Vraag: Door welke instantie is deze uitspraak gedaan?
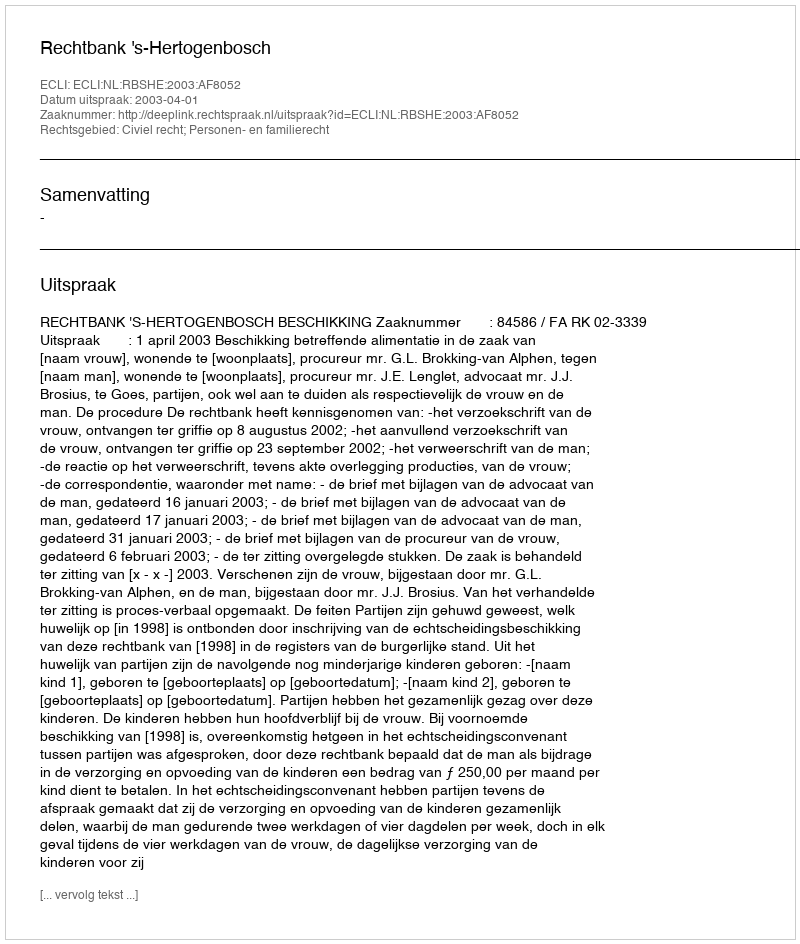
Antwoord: Rechtbank 's-Hertogenbosch